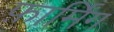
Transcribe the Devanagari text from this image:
फ़ार्मिंग